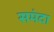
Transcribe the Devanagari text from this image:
समंदा